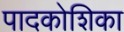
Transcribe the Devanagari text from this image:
पादकोशिका